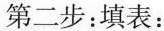
第二步：填表：